Report on vaccination in Madras 1895-1903 - 1895-1903
Year: 1895
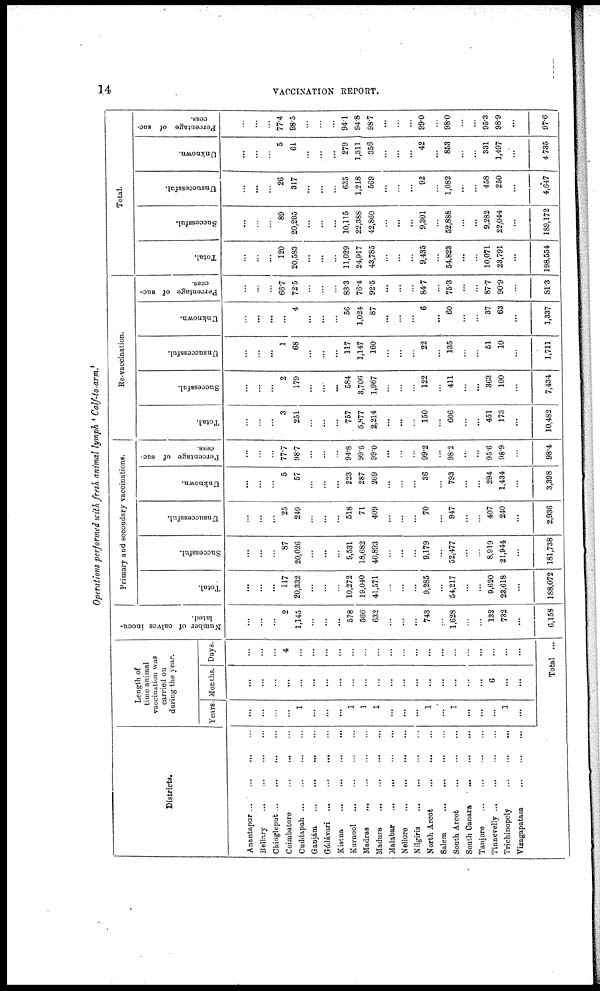
14
VACCINATION REPORT.
Operations performed with fresh animal lymph ' Calf-to-arm.'
Districts.
Anantapur
...
...
...
...
Bellary
...
...
...
...
Chingleput
...
...
...
...
Coimbatore
...
...
...
Cuddapah
...
...
...
...
Ganjám ... ... ... ...
Gódávari ... ... ... ...
Kistna
...
...
...
...
Kurnool
...
...
...
...
Madras
...
...
...
...
Madura
...
...
...
...
Malabar
...
...
...
...
Nellore
...
...
...
...
Nilgiris
...
...
...
...
North Arcot
...
...
...
Salem
...
...
...
...
South Arcot
...
...
...
South Canara
...
...
...
Tanjore
...
...
...
...
Tinnevelly
...
...
...
...
Trichinopoly
...
...
...
Vizagapatam
...
...
...
Length of
time animal
vaccination was
carried on
during the year.
Years.
...
...
...
...
1
...
...
...
1
1
1
...
...
...
1
...
1
...
...
...
1
...
Months.
...
...
...
...
...
...
...
...
...
...
...
...
...
...
...
...
...
...
...
6
...
...
Days.
...
...
...
4
...
...
...
...
...
...
...
...
...
...
...
...
...
...
...
...
...
...
Total ...
Number of calves inocu-
lated.
...
...
...
2
1,145
...
...
...
578
566
632
...
...
...
743
...
1,628
...
...
132
732
...
6,158
Primary and secondary vaccinations.
Total.
...
...
...
117
20,332
...
...
...
10,272
18,040
41,571
...
...
...
9,285
...
54,217
...
...
9,620
23,618
...
188,072
Successful.
...
...
...
87
20,026
...
...
...
9,531
18,682
40,893
...
...
...
9,179
...
52,477
...
...
8,919
21,944
...
181,738
Unsuccessful.
...
...
...
25
249
...
...
...
518
71
409
...
...
...
70
...
947
...
...
407
240
...
2,936
Unknown.
...
...
...
5
57
...
...
...
223
287
269
...
...
...
36
...
793
...
...
294
1,434
...
3,398
Percentage of suc-
cess.
......
...
...
77.7
98.7
...
...
...
94.8
99.6
99.0
...
...
...
99.2
...
98.2
...
...
95.6
98.9
98.4
Re-vaccination.
Total.
...
...
...
3
251
...
...
...
757
5,877
2,214
...
...
...
150
...
606
...
...
451
173
...
10,482
Successful.
...
...
...
2
179
...
...
...
584
3,706
1,967
...
...
...
122
...
411
...
...
363
100
...
7,434
Unsuccessful.
...
...
...
1
68
...
...
...
117
1,147
160
...
...
...
22
...
135
...
...
51
10
...
1,711
Unknown.
...
...
...
...
4
...
...
...
56
1,024
87
...
...
...
6
...
60
...
...
37
63
...
1,337
Percentage of suc-
cess.
...
...
...
66.7
72.5
...
...
...
83.3
76.4
92.5
...
...
...
84.7
...
75.3
...
...
87.7
90.9
...
81.3
Total.
Total.
...
...
...
120
20,583
...
...
...
11,029
24,917
43,785
...
...
...
9,435
...
54,823
...
...
10,071
23,791
...
198,554
Successful.
...
...
...
89
20,205
...
...
...
10,115
22,388
42,860
...
...
...
9,301
...
52,888
...
...
9,282
22,044
...
189,172
Unsuccessful.
...
...
...
26
317
...
...
...
635
1,218
569
...
...
...
92
...
1,082
...
...
458
250
...
4,647
Unknown.
...
...
...
5
61
...
...
...
279
1,311
356
...
...
...
42
...
853
...
...
331
1,497
...
4,735
Percentage of suc-
cess.
...
...
...
77.4
98.5
...
...
...
94.1
94.8
98.7
...
...
...
99.0
...
98.0
...
...
95.3
98.9
...
97.6